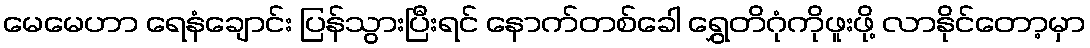
မေမေဟာ ရေနံချောင်း ပြန်သွားပြီးရင် နောက်တစ်ခေါ ရွှေတိဂုံကိုဖူးဖို့ လာနိုင်တော့မှာ